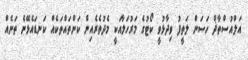
އަލްއުސްތާޛް ހަސަން ލަތީފު ވިދާޅުވީ ކޯޓުގެ މަރުހަލާއަކީ މެދުތެރެއިން ކަންތައްތަކެއް ކަނޑައެޅޭނެ ތަނެއް